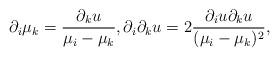
LaTeX: \begin{align*}\partial_i \mu_k=\frac{\partial_k u}{\mu_i-\mu_k},\partial_i\partial_k u=2\frac{\partial_i u \partial_k u}{(\mu_i-\mu_k)^2},\end{align*}